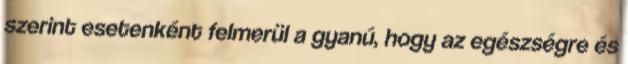
szerint esetenként felmerül a gyanú, hogy az egészségre és